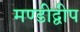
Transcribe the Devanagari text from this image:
मण्डीद्वीप